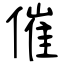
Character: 催